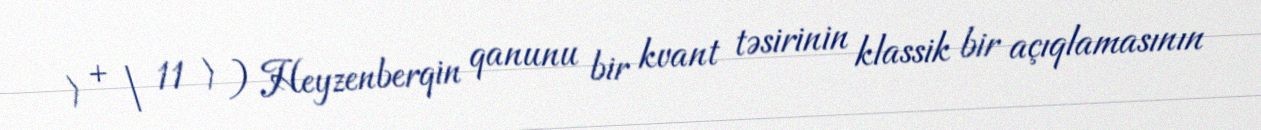
⟩ + | 11 ⟩ ) Heyzenberqin qanunu bir kvant təsirinin klassik bir açıqlamasının